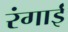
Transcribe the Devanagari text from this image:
रंगाईं